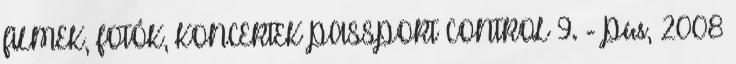
FILMEK, FOTÓK, KONCERTEK PASSPORT CONTROL 9. - Pécs, 2008